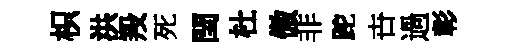
枳洪羖死閏杜傲非跎卋過彰